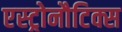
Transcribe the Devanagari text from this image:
एस्ट्रोनौटिक्स